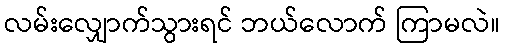
လမ်းလျှောက်သွားရင် ဘယ်လောက် ကြာမလဲ။